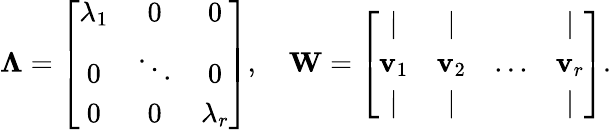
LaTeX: \mathbf{\Lambda}=\left[\begin{array}{ccc}{\lambda_{1}}&{0}&{0}\\ {0}&{\ddots}&{0}\\ {0}&{0}&{\lambda_{r}}\end{array}\right],\quad\mathbf{W}=\left[\begin{array}{cccc}{|}&{|}&&{|}\\ {\mathbf v_{1}}&{\mathbf v_{2}}&{...}&{\mathbf v_{r}}\\ {|}&{|}&&{|}\end{array}\right].